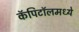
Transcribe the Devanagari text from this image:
कॅपिटॉलमध्ये